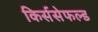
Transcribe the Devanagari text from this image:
किर्ससेफल्ड